Report on sanitation, dispensaries, and jails in Rajputana for 1911, and on vaccination for the year 1911-1912 - 1911-1912
Year: 1911
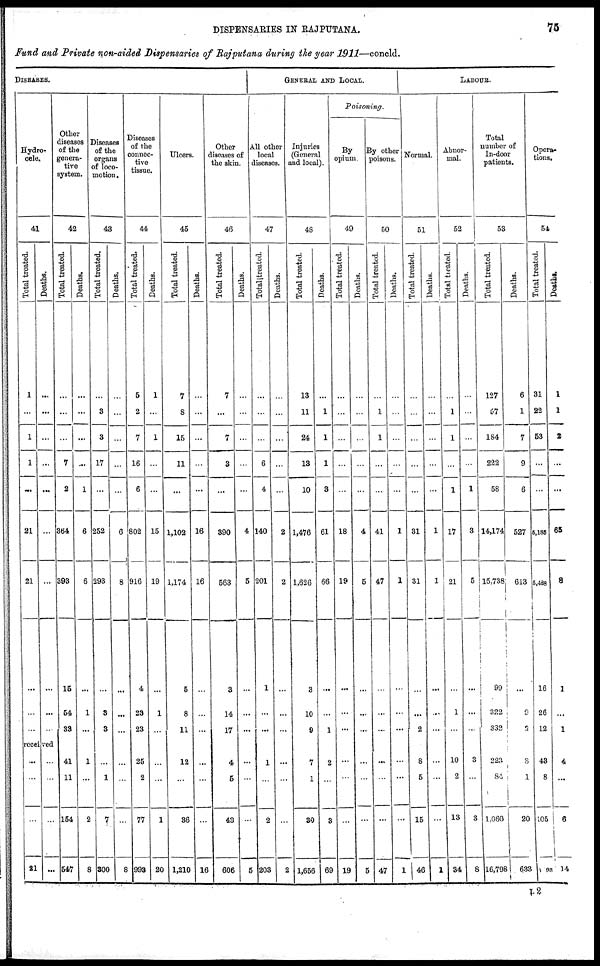
DISPENSARIES IN RAJPUTANA.
75
Fund and Private non-aided Dispensaries of Rajputana during the year 1911—concld.
DISEASES.
Hydro-
cele.
41
Total treated.
1
...
1
1
...
21
21
...
...
...
Deaths.
...
...
...
...
...
...
...
...
...
...
received
...
...
...
21
...
...
...
...
Other
diseases
of the
genera-
tive
system.
42
Total treated.
...
...
...
7
2
364
393
15
54
33
41
11
154
547
Deaths.
...
...
...
...
1
6
6
...
1
...
1
...
2
8
Diseases
of the
organs
of loco-
motion.
43
Total treated.
...
3
3
17
...
252
293
...
3
3
...
1
7
300
Deaths.
...
...
...
...
...
6
8
...
...
...
...
...
...
8
Diseases
of the
connec-
tive
tissue.
44
Total treated.
5
2
7
16
6
802
916
4
23
23
25
2
77
993
Deaths.
1
...
1
...
...
15
19
...
1
...
...
...
1
20
Ulcers.
45
Total treated.
7
8
15
11
...
1,102
1,174
5
8
11
12
...
36
1,210
Deaths.
...
...
...
...
...
16
16
...
...
...
...
...
...
16
Other
diseases of
the skin.
46
Total treated.
7
...
7
3
...
390
563
3
14
17
4
5
43
606
Deaths.
...
...
...
...
...
4
5
...
...
...
...
...
...
5
GENERAL AND LOCAL.
All other
local
diseases.
47
Total treated.
...
...
...
6
4
140
201
1
...
...
1
...
2
203
Deaths.
...
...
...
...
...
2
2
...
...
...
...
...
...
2
Injuries
(General
and local).
48
Total treated.
13
11
24
13
10
1,476
1,626
3
10
9
7
1
30
1,656
Deaths.
...
1
1
1
3
61
66
...
...
1
2
...
3
69
Poisoning.
By
opium.
49
Total treated.
...
...
...
...
...
18
19
...
...
...
...
...
...
19
Deaths.
...
...
...
...
...
4
5
...
...
...
...
...
...
5
By other
poisons.
50
Total treated.
...
1
1
...
...
41
47
...
...
...
...
...
...
47
Deaths.
...
...
...
...
...
1
1
...
...
...
...
...
...
1
LABOUR.
Normal.
51
Total treated.
...
...
...
...
...
31
31
...
...
2
8
5
15
46
Deaths.
...
...
...
...
...
1
1
...
...
...
...
...
...
1
Abnor-
mal.
52
Total treated.
...
1
1
...
1
17
21
...
1
...
10
2
13
34
Deaths.
...
...
...
...
1
3
5
...
...
...
3
...
3
8
Total
number of
In-door
patients.
53
Total treated.
127
57
184
222
58
14,174
15,738
99
322
332
223
84
1,060
16,798
Deaths.
6
1
7
9
6
527
613
...
9
2
3
1
20
633
Opera-
tions.
54
Total treated.
31
22
53
...
...
5,185
5,438
16
26
12
43
8
105
93
Deaths.
1
1
2
...
...
65
8
1
...
1
4
...
6
14
L 2